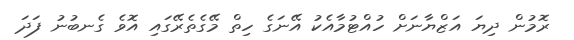
ރޮމުން ދިޔަ އަޒްޔާނަށް ހުއްޓުމާއެކު އޭނަގެ ހިތް މޭގެތެރޭގައި އޮވެ ގެނބުނު ފަދަ